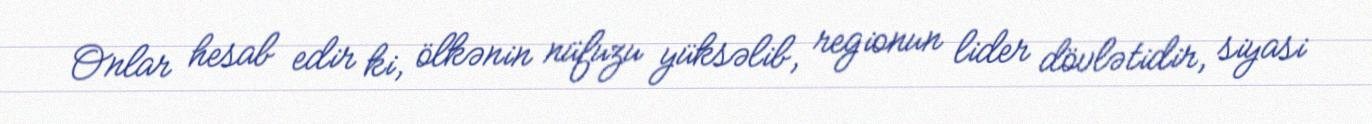
Onlar hesab edir ki, ölkənin nüfuzu yüksəlib, regionun lider dövlətidir, siyasi